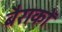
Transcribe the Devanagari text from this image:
बैराकों